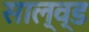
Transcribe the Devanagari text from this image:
साल्व्ड